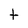
Character: t